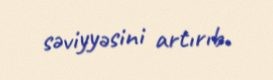
səviyyəsini artırıb.